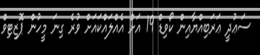
ސަޢުދީ ޢަރަބިއްޔާއިން ކޯވިޑް 19 އަށް އެއްލައްކައަށް ވުރެ ގިނަ މީހުން ޕޮޒިޓިވް